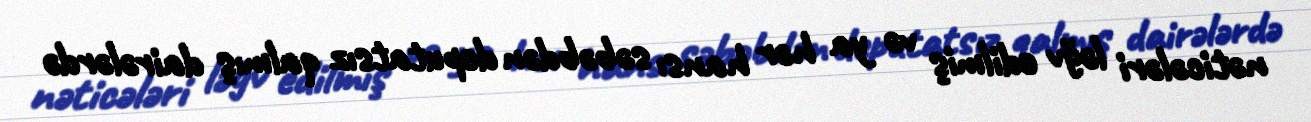
nəticələri ləğv edilmiş və ya hər hansı səbəbdən deputatsız qalmış dairələrdə